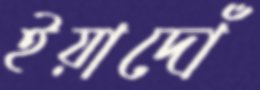
ইয়াদোঁ